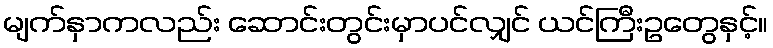
မျက်နှာကလည်း ဆောင်းတွင်းမှာပင်လျှင် ယင်ကြီးဥတွေနှင့်။